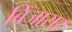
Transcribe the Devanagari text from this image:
बिँजासर